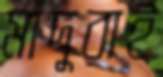
মাদুরাই